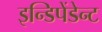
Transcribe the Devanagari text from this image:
इन्डिपेंडेन्ट